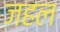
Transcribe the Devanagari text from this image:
जहल